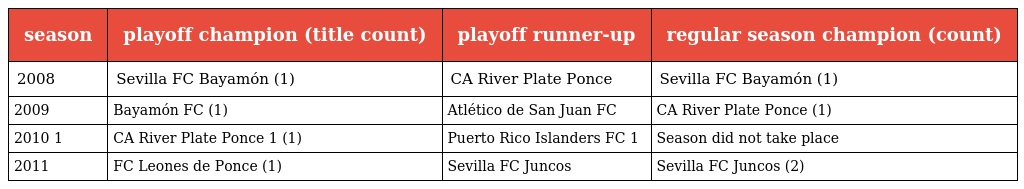
| season | playoff champion (title count) | playoff runner-up | regular season champion (count) |
 | --- | --- | --- | --- |
 | 2008 | Sevilla FC Bayamón (1) | CA River Plate Ponce | Sevilla FC Bayamón (1) |
 | 2009 | Bayamón FC (1) | Atlético de San Juan FC | CA River Plate Ponce (1) |
 | 2010 1 | CA River Plate Ponce 1 (1) | Puerto Rico Islanders FC 1 | Season did not take place |
 | 2011 | FC Leones de Ponce (1) | Sevilla FC Juncos | Sevilla FC Juncos (2) |